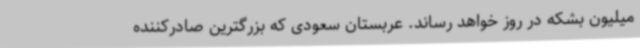
میلیون بشکه در روز خواهد رساند. عربستان سعودی که بزرگترین صادرکننده